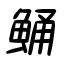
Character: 鯒